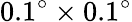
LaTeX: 0.1^{\circ}\times 0.1^{\circ}